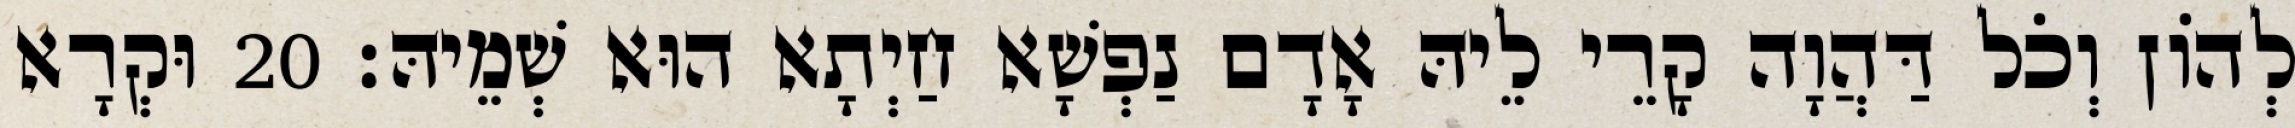
לְהוֹן וְכֹל דַּהֲוָה קָרֵי לֵיהּ אָדָם נַפְשָׁא חַיְתָא הוּא שְׁמֵיהּ׃ 20 וּקְרָא